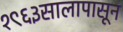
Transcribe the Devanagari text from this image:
१९६३सालापासून